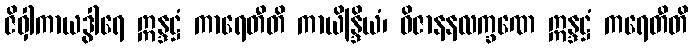
ဇိဝှါကာယဒွါရေ ဣန္ဒဋ္ဌံ ကာရေတီတိ ကာယိန္ဒြိယံ၊ ဝိဇာနနလက္ခဏေ ဣန္ဒဋ္ဌံ ကရေတီတိ